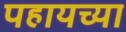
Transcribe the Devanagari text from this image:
पहायच्या